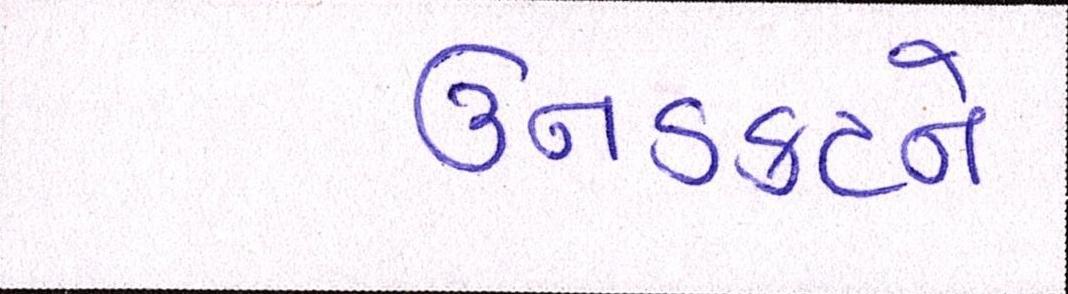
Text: ઉનડકટને